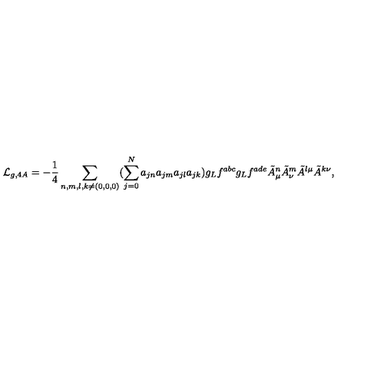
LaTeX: { \cal L } _ { g , 4 A } = - \frac { 1 } { 4 } \sum _ { n , m , l , k \neq ( 0 , 0 , 0 ) } ( \sum _ { j = 0 } ^ { N } a _ { j n } a _ { j m } a _ { j l } a _ { j k } ) g _ { L } f ^ { a b c } g _ { L } f ^ { a d e } \tilde { A } _ { \mu } ^ { n } \tilde { A } _ { \nu } ^ { m } \tilde { A } ^ { l \mu } \tilde { A } ^ { k \nu } ,